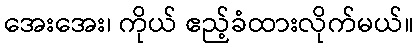
အေးအေး၊ ကိုယ် ဧည့်ခံထားလိုက်မယ်။